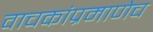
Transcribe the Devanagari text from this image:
वाचकांप्रमाणेच